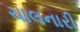
ચાલનારી